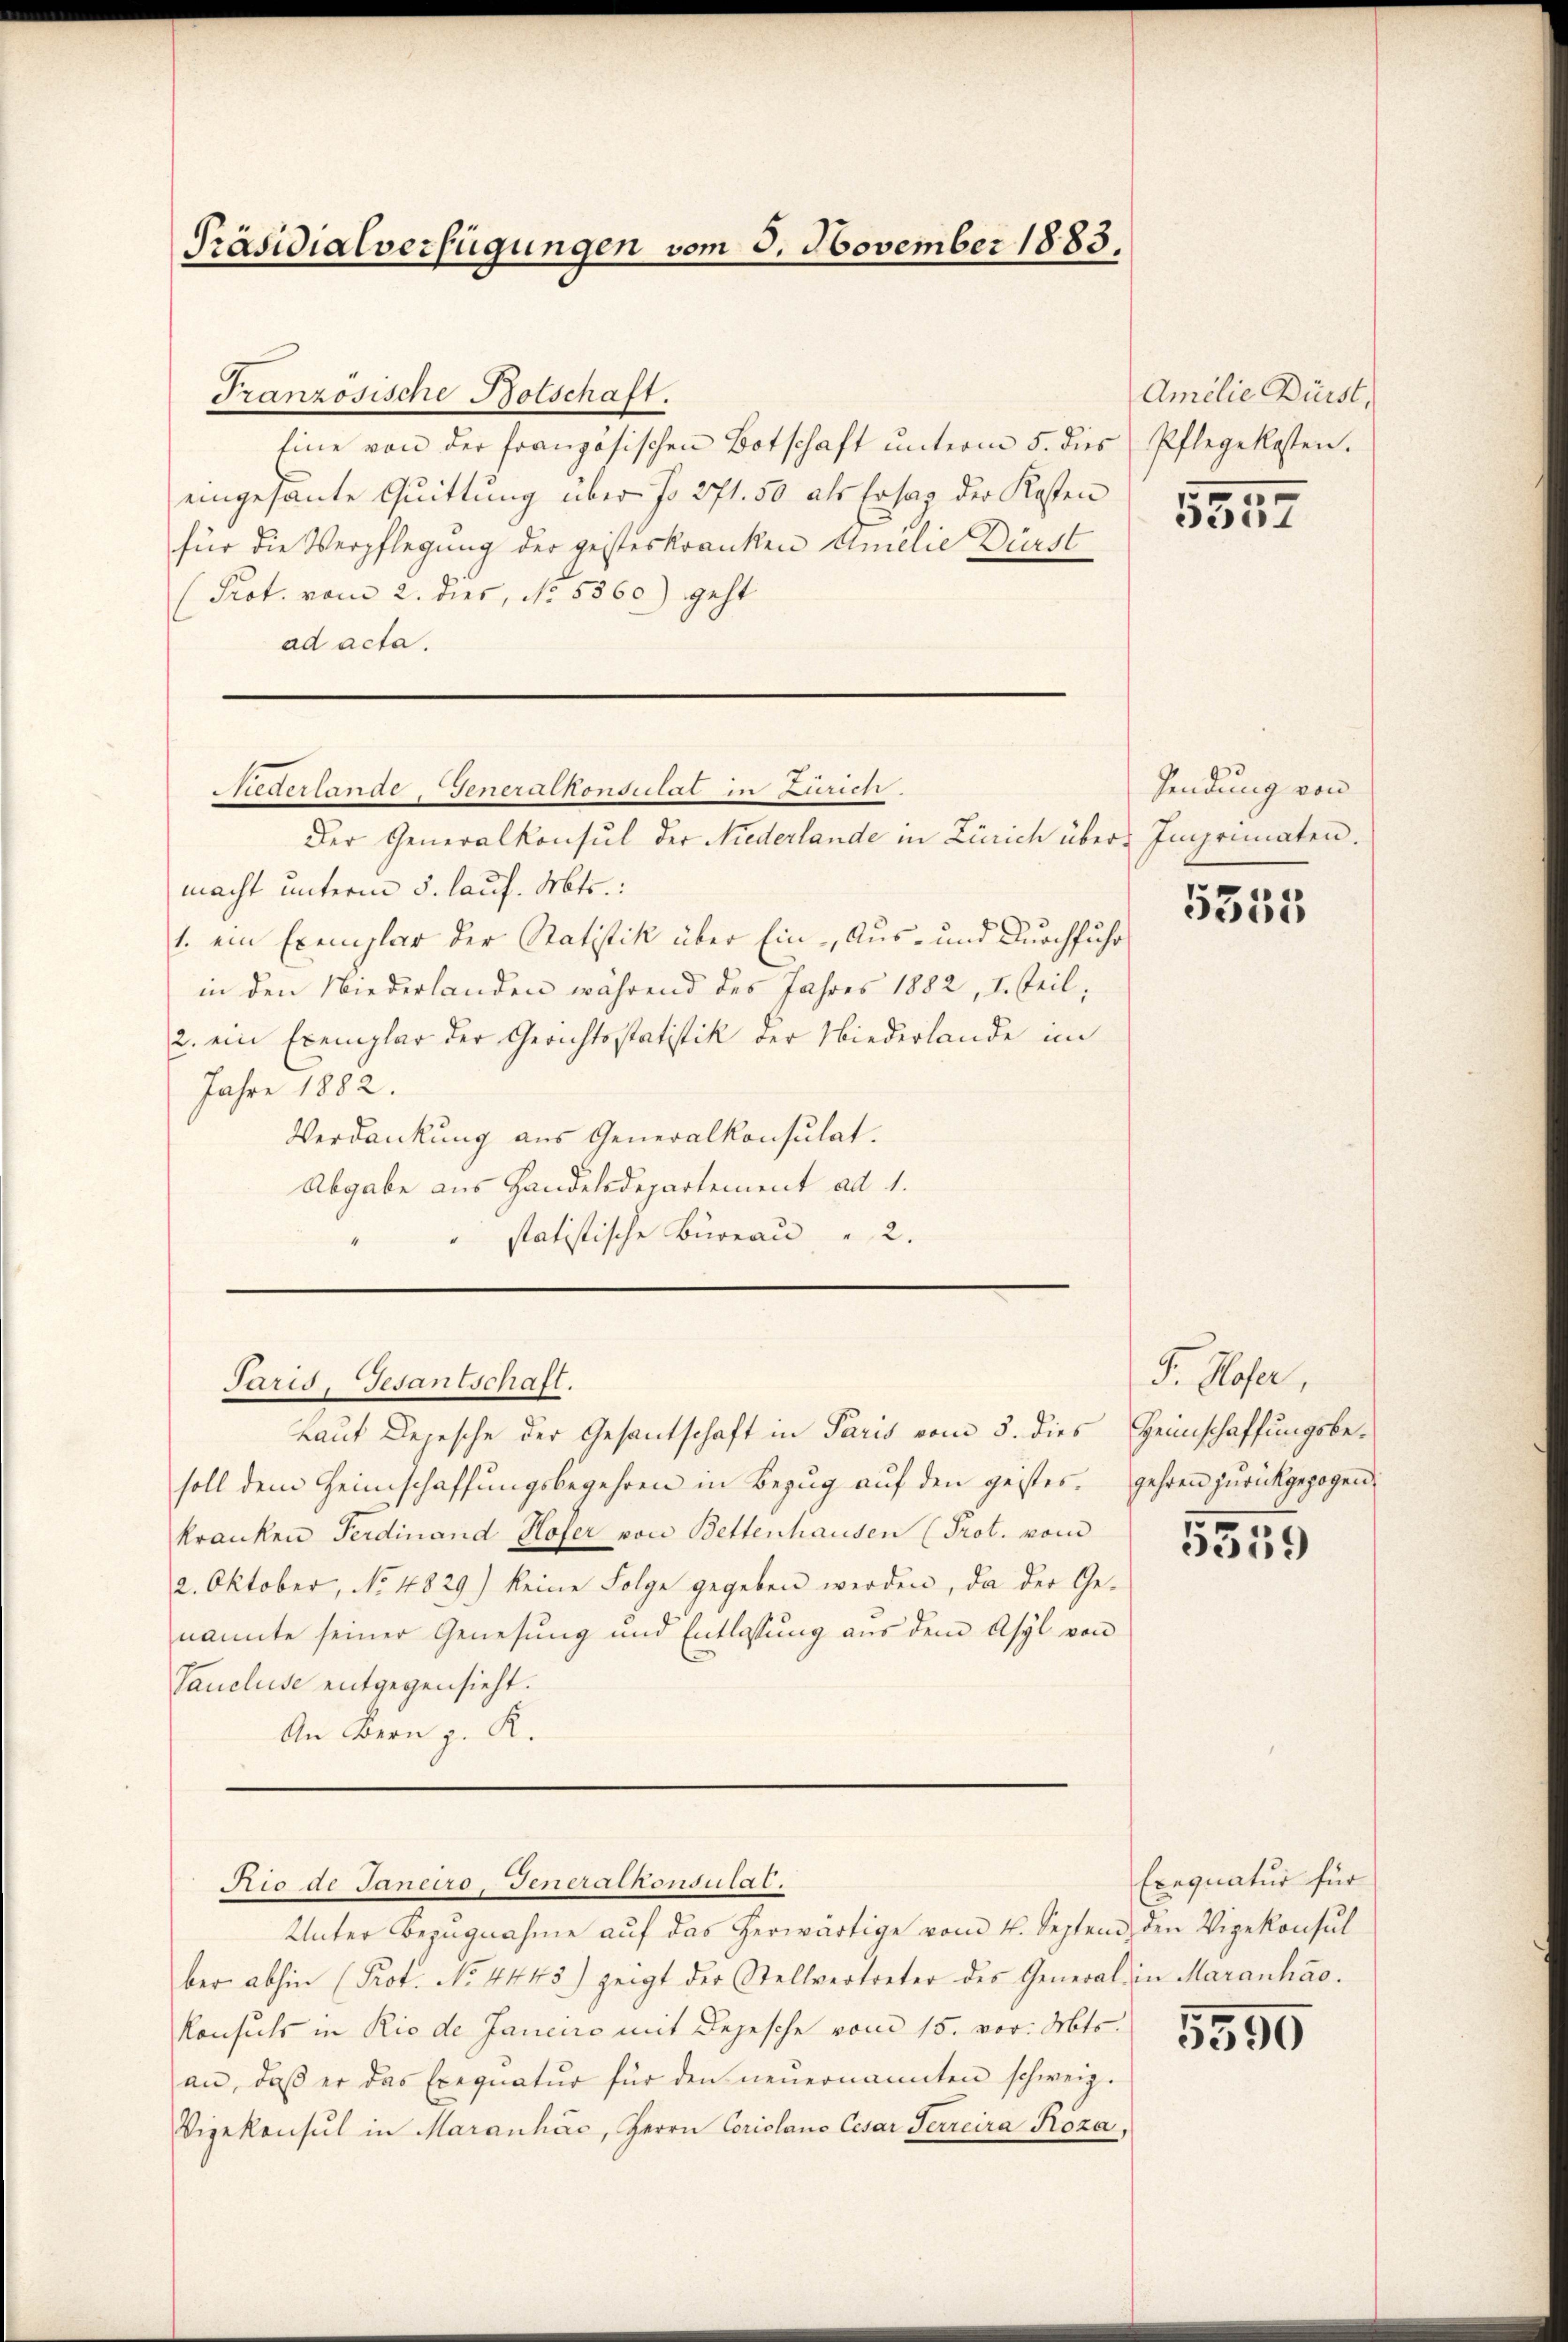
Präsidialverfügungen vom 3. November 1883.

Französische Bolschaft.
Eine von der französischen Botschaft unterm 5. dies
eingesante Quittung über fo 271. 50 als Ersag der Kosten
für die Verpflegung der geisteskranken Amilie Dürst
(Prot. vom 2. dies, No. 5360) geht
ad acta.

Siederlande, Generalkonsulat in Zürich.

Der Generalkonsul der Niederlande in Zürich über Imprimaten.
macht unterm 5. lauf. Mts.:
1. ein Exemplar der Statistik über Ein- Aus- und Durchführ
in den Niederlanden während des Jahres 1882, I. Teil,
2. ein Exemplar der Gerichtsstatistik der Niederlande im
Jahre 1882.
Verdankung aus Generalkonsulat.
Abgabe aus Handelsdepartement ad 1.
statistische Büreau " 2.
Paris, Gesantschaft.
Laut Depesche der Gesantschaft in Paris vom 5. dies Heinschaffungsbe-
soll dem Heimschaffungsbegehren in Bezug auf den geistes gehren zurückgezogen
kranken Ferdinand Hofer von Bettenhausen (Prot. vom
2. Oktober, No 4829.) keine Folge gegeben werden, da der Genannte seiner Genesung und Entlassung aus dem Asyl von
Taucluse entgegensieht.
An Bern z. R.

Rio de Janeiro, Generalkonsulat.

Amilie Bürst,
Pflegekosten.

Unter Bezŭgnahme aŭf das herwärtige vom 4. Septem, den Vizekonsul
ber abhin (Prof. No. 4445) zeigt der Stellvertreter des General in Maranhao.
Konsuls in Rio de Janeiro mit Depesche vom 15. vor. Mts.
an, daβ er das Exequatur für den neŭernannten schweiz.
Vizekonsul in Maranhác, Herrn Coriolano Cesar Secreira Köza,

5557

Sendung von

5355

F. Hofer,

5359

Exequatur für

5559